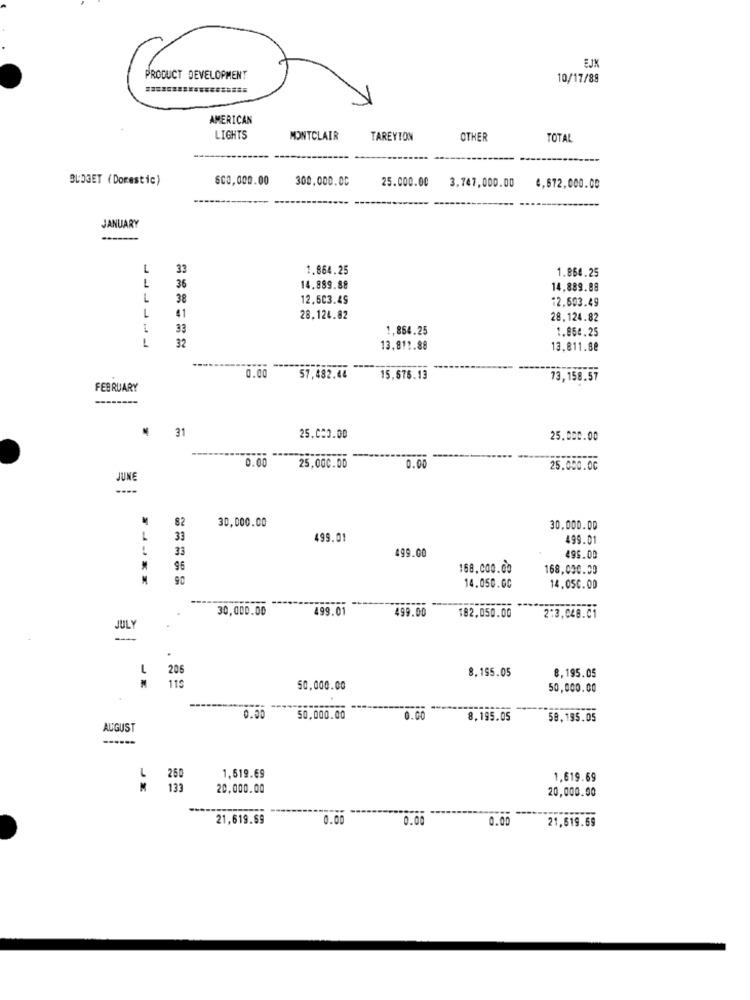
EJX
PRODUCT DEVELOPMENT
10/17/88
AMERICAN
LIGHTS
MONTCLAIR
TAREYTON
OTHER
TOTAL
BUDGET (Domestic)
500,000.00
300.000.00
25.000.00
3,747,000.00
4,672,000.00
JANUARY
L
33
1.864.25
1.864.25
L
36
14.889.88
14,889.88
L
38
12.603.49
12,693.49
L
41
28.124.82
28.124.82
33
1,864.25
1.864.25
L
32
13.811.88
13.811.88
------
0.00
57,482.44
15,576.13
73,158.57
FEBRUARY
31
25.000.00
25.000.00
0.00
25,000.00
0.00
25.000.00
JUNE
30,000.00
82
30.000.00
L
33
499.01
499.01
33
499.00
495.00
96
168.000.00
168,000.00
90
14.050.00
14.050.00
30,000.00
499.01
499.00
182,050.00
2:3,048.01
JULY
.
1
206
8.195.05
M
8,195.05
115
50,000.00
50,000.00
0.00
50,000.00
0.00
8,195.05
58,195.05
AUGUST
1,519.69
L
260
1,619.69
M
133
20,000.00
20,000.00
--
21,619.69
0.00
0.0
0.00
21,619.69